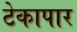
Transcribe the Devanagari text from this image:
टेकापार